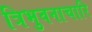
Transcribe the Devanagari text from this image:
त्रिभुवनाचारि